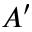
A ^ { \prime }